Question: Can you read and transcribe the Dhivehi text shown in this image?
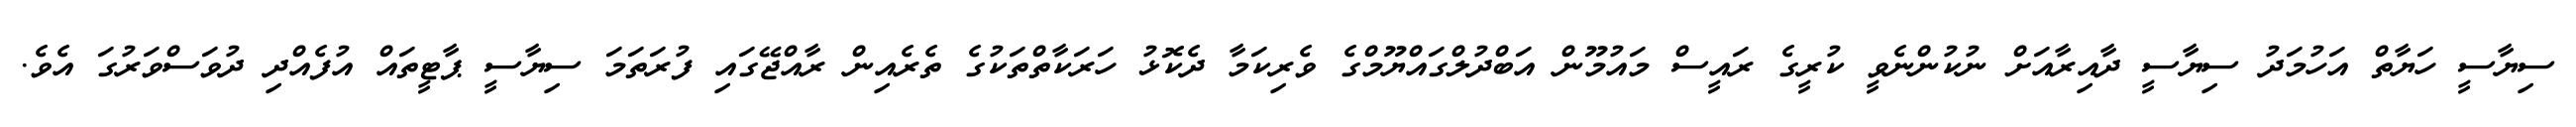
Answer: ސިޔާސީ ހަޔާތް އަހުމަދު ސިޔާސީ ދާއިރާއަށް ނުކުންނެވީ ކުރީގެ ރައީސް މައުމޫން އަބްދުލްގައްޔޫމްގެ ވެރިކަމާ ދެކޮޅު ހަރަކާތްތަކުގެ ތެރެއިން ރާއްޖޭގައި ފުރަތަމަ ސިޔާސީ ޕާޓީތައް އުފެއްދި ދުވަސްވަރުގަ އެވެ.